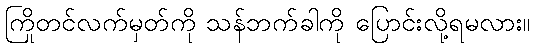
ကြိုတင်လက်မှတ်ကို သန်ဘက်ခါကို ပြောင်းလို့ရမလား။